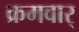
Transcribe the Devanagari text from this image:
क्रमवार्